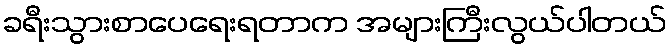
ခရီးသွားစာပေရေးရတာက အများကြီးလွယ်ပါတယ်